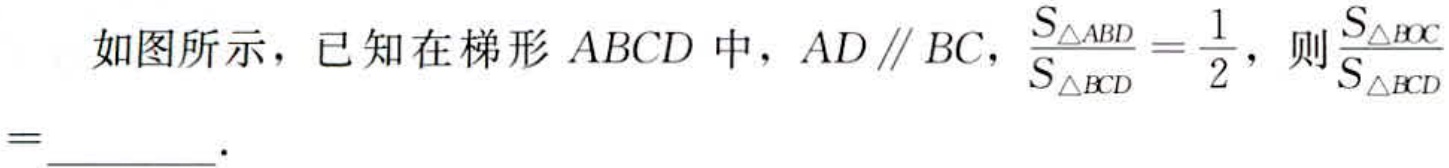
如图所示，已知在梯形 \(ABCD\) 中，\(AD\parallel BC\)，\(\frac{S_{\triangle ABD}}{S_{\triangle BCD}} = \frac{1}{2}\)，则\(\frac{S_{\triangle BOC}}{S_{\triangle BCD}}=\)  ．